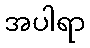
အပါရာ